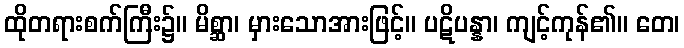
ထိုတရားစက်ကြီး၌။ မိစ္ဆာ၊ မှားသောအားဖြင့်။ ပဋိပန္နာ၊ ကျင့်ကုန်၏။ တေ၊